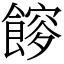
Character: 𩝯